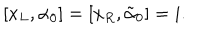
[ x _ { L } , \alpha _ { 0 } ] = [ x _ { R } , \tilde { \alpha } _ { 0 } ] = i .